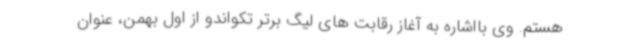
هستم. وی بااشاره به آغاز رقابت های لیگ برتر تکواندو از اول بهمن، عنوان